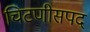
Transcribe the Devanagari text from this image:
चिटणीसपद